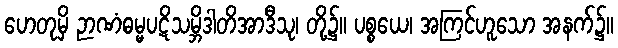
ဟေတုမှိ ဉာဏံဓမ္မပဋိသမ္ဘိဒါတိအာဒီသု၊ တို့၌။ ပစ္စယေ၊ အကြင်ဟူသော အနက်၌။